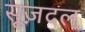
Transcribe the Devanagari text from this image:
सूज़दल